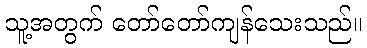
သူ့အတွက် တော်တော်ကျန်သေးသည်။